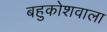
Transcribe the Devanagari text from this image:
बहुकोशवाला